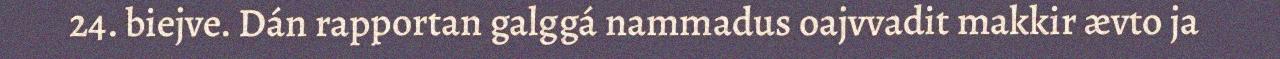
24. biejve. Dán rapportan galggá nammadus oajvvadit makkir ævto ja